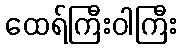
ထေရ်ကြီးဝါကြီး